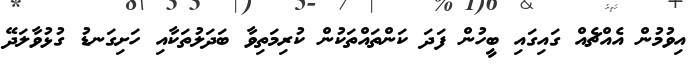
އިވުމުން އެއްޗެއް ގައިގައި ބީހުން ފަދަ ކަންތައްތަކުން ކުރިމަތިވާ ބަދަލުތަކާއި ހަށިގަނޑު ގުޅުވާލަދޭ